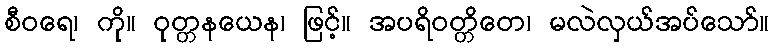
စီဝရေ၊ ကို။ ဝုတ္တနယေန၊ ဖြင့်။ အပရိဝတ္တိတေ၊ မလဲလှယ်အပ်သော်။